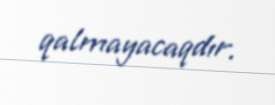
qalmayacaqdır.